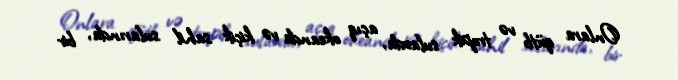
Onlara qütb və tropik sularda, açıq okeanda və kiçik sahil sularında, bir